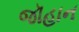
જૉહાન